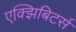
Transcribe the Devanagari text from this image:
एक्झिबिटर्स